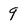
Character: 9